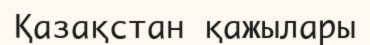
Қазақстан қажылары